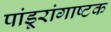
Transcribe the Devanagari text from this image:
पांडूरांगाष्टक